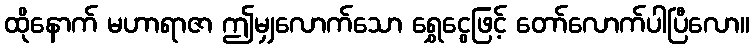
ထိုနောက် မဟာရာဇာ ဤမျှလောက်သော ရွှေငွေဖြင့် တော်လောက်ပါပြီလော။